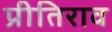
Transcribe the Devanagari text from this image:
प्रीतिराव